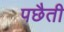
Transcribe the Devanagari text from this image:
पछैती